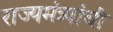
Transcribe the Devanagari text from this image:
राज्यमंत्र्यांची